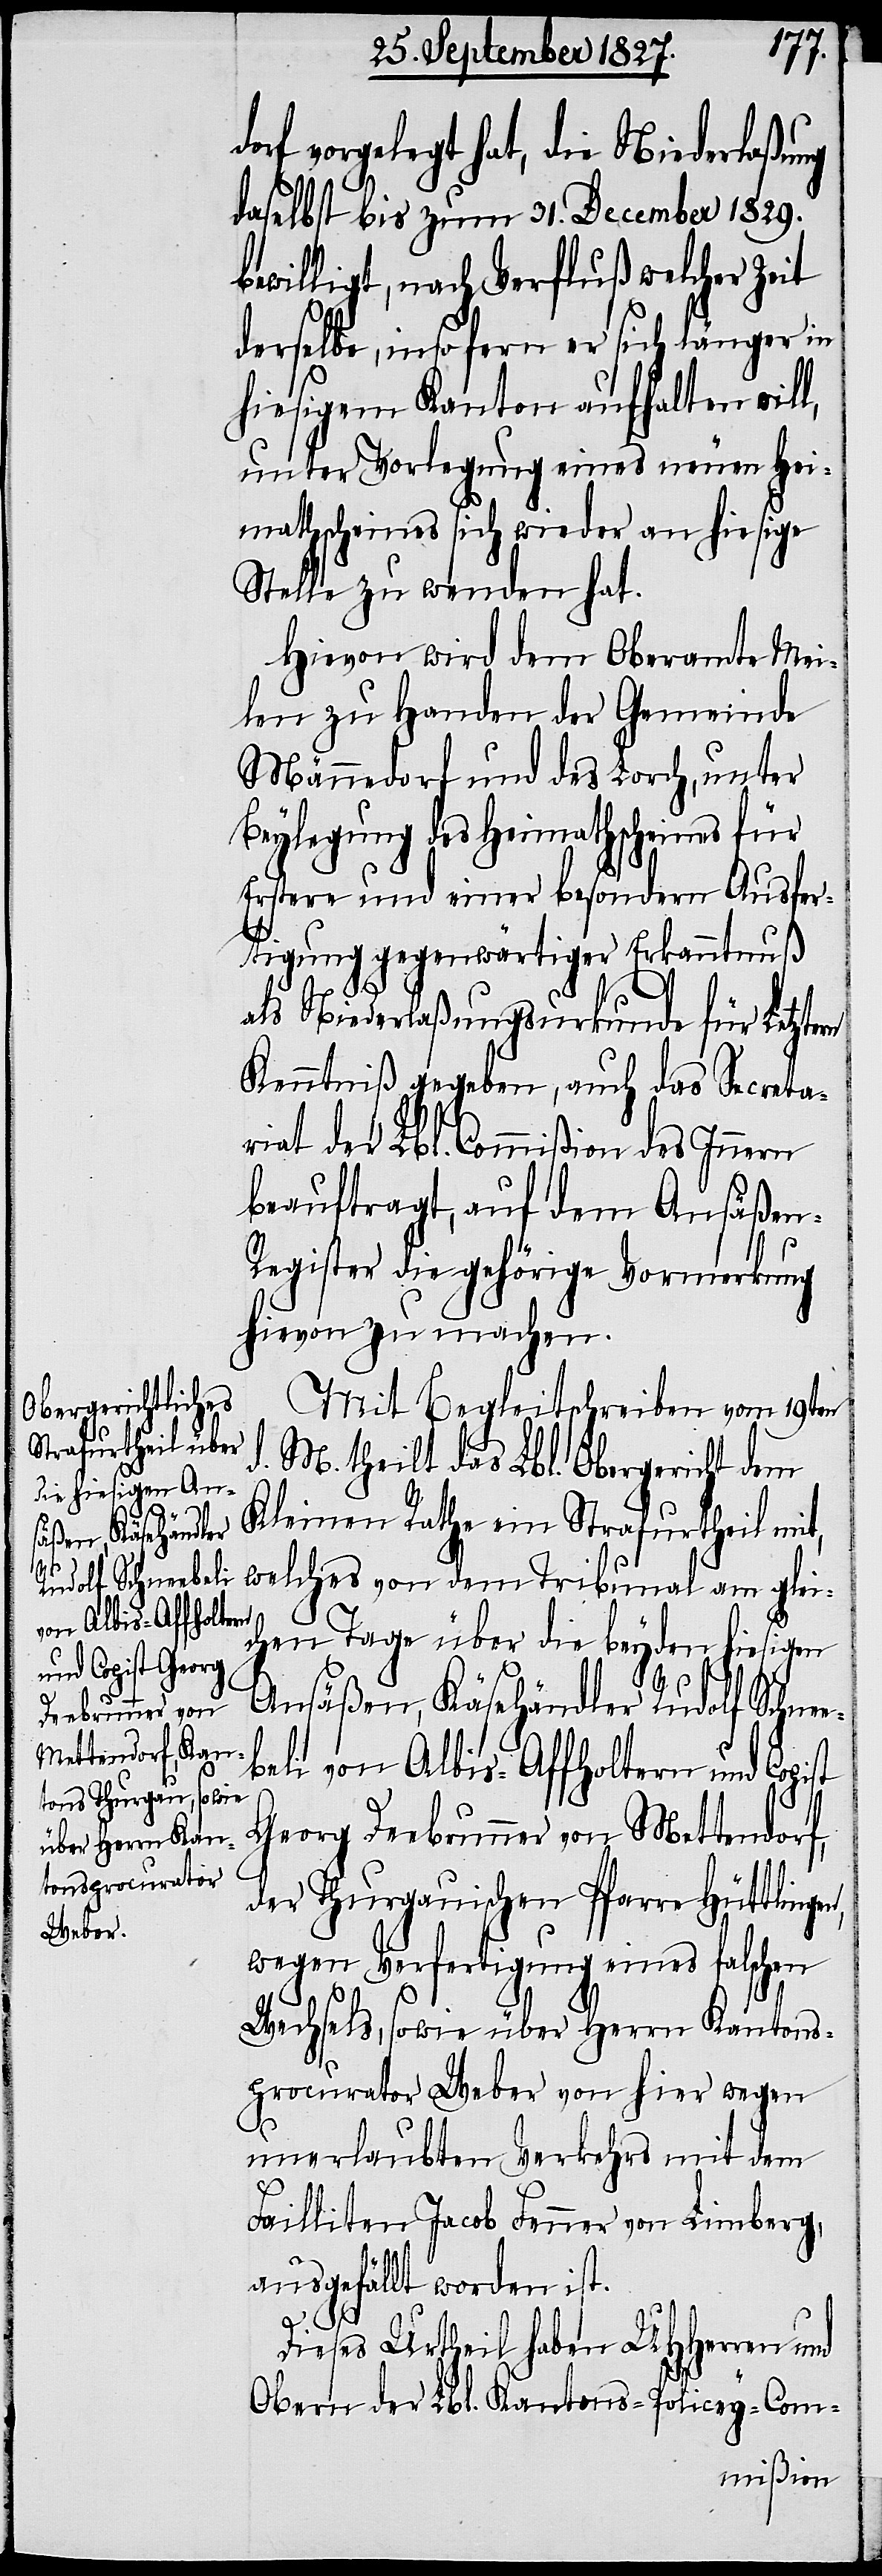
Mit Begleitschreiben vom 19ten
d. M. theilt das Lbl. Obergericht dem
Kleinen Rathe ein Strafurtheil mit,
welches von dem Tribunal am glei¬
chen Tage über die beyden hiesigen
Ansäßen, Käsehändler Rudolf Schne¬
beli von Albis-Affoltern und Copist
Georg Deebrunner von Mettendorf,
der Thurgauischen Pfarre Hüttlinge¬
wegen Verfertigung eines falschen
Wechsels, sowie über Herrn Kantons¬
procurator Weber von hier wegen
n,
unerlaubten Verkehrs mit dem
Failliten Jacob Fenner von Limberg,
ausgefällt worden ist.
Dieses Urtheil haben UHHerren und
Obern der Lbl. Kantons-Policey-Com-